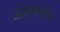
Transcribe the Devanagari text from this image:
ओल्म्सस्टेड